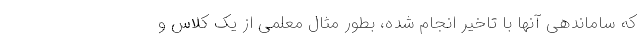
که ساماندهی آنها با تاخیر انجام شده، بطور مثال معلمی از یک کلاس و